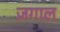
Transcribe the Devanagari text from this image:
ज़गाल